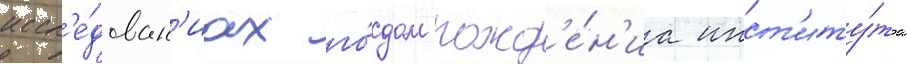
иссл'е́дован'иах го́дом рожд'е́н'иа инст'иту́та